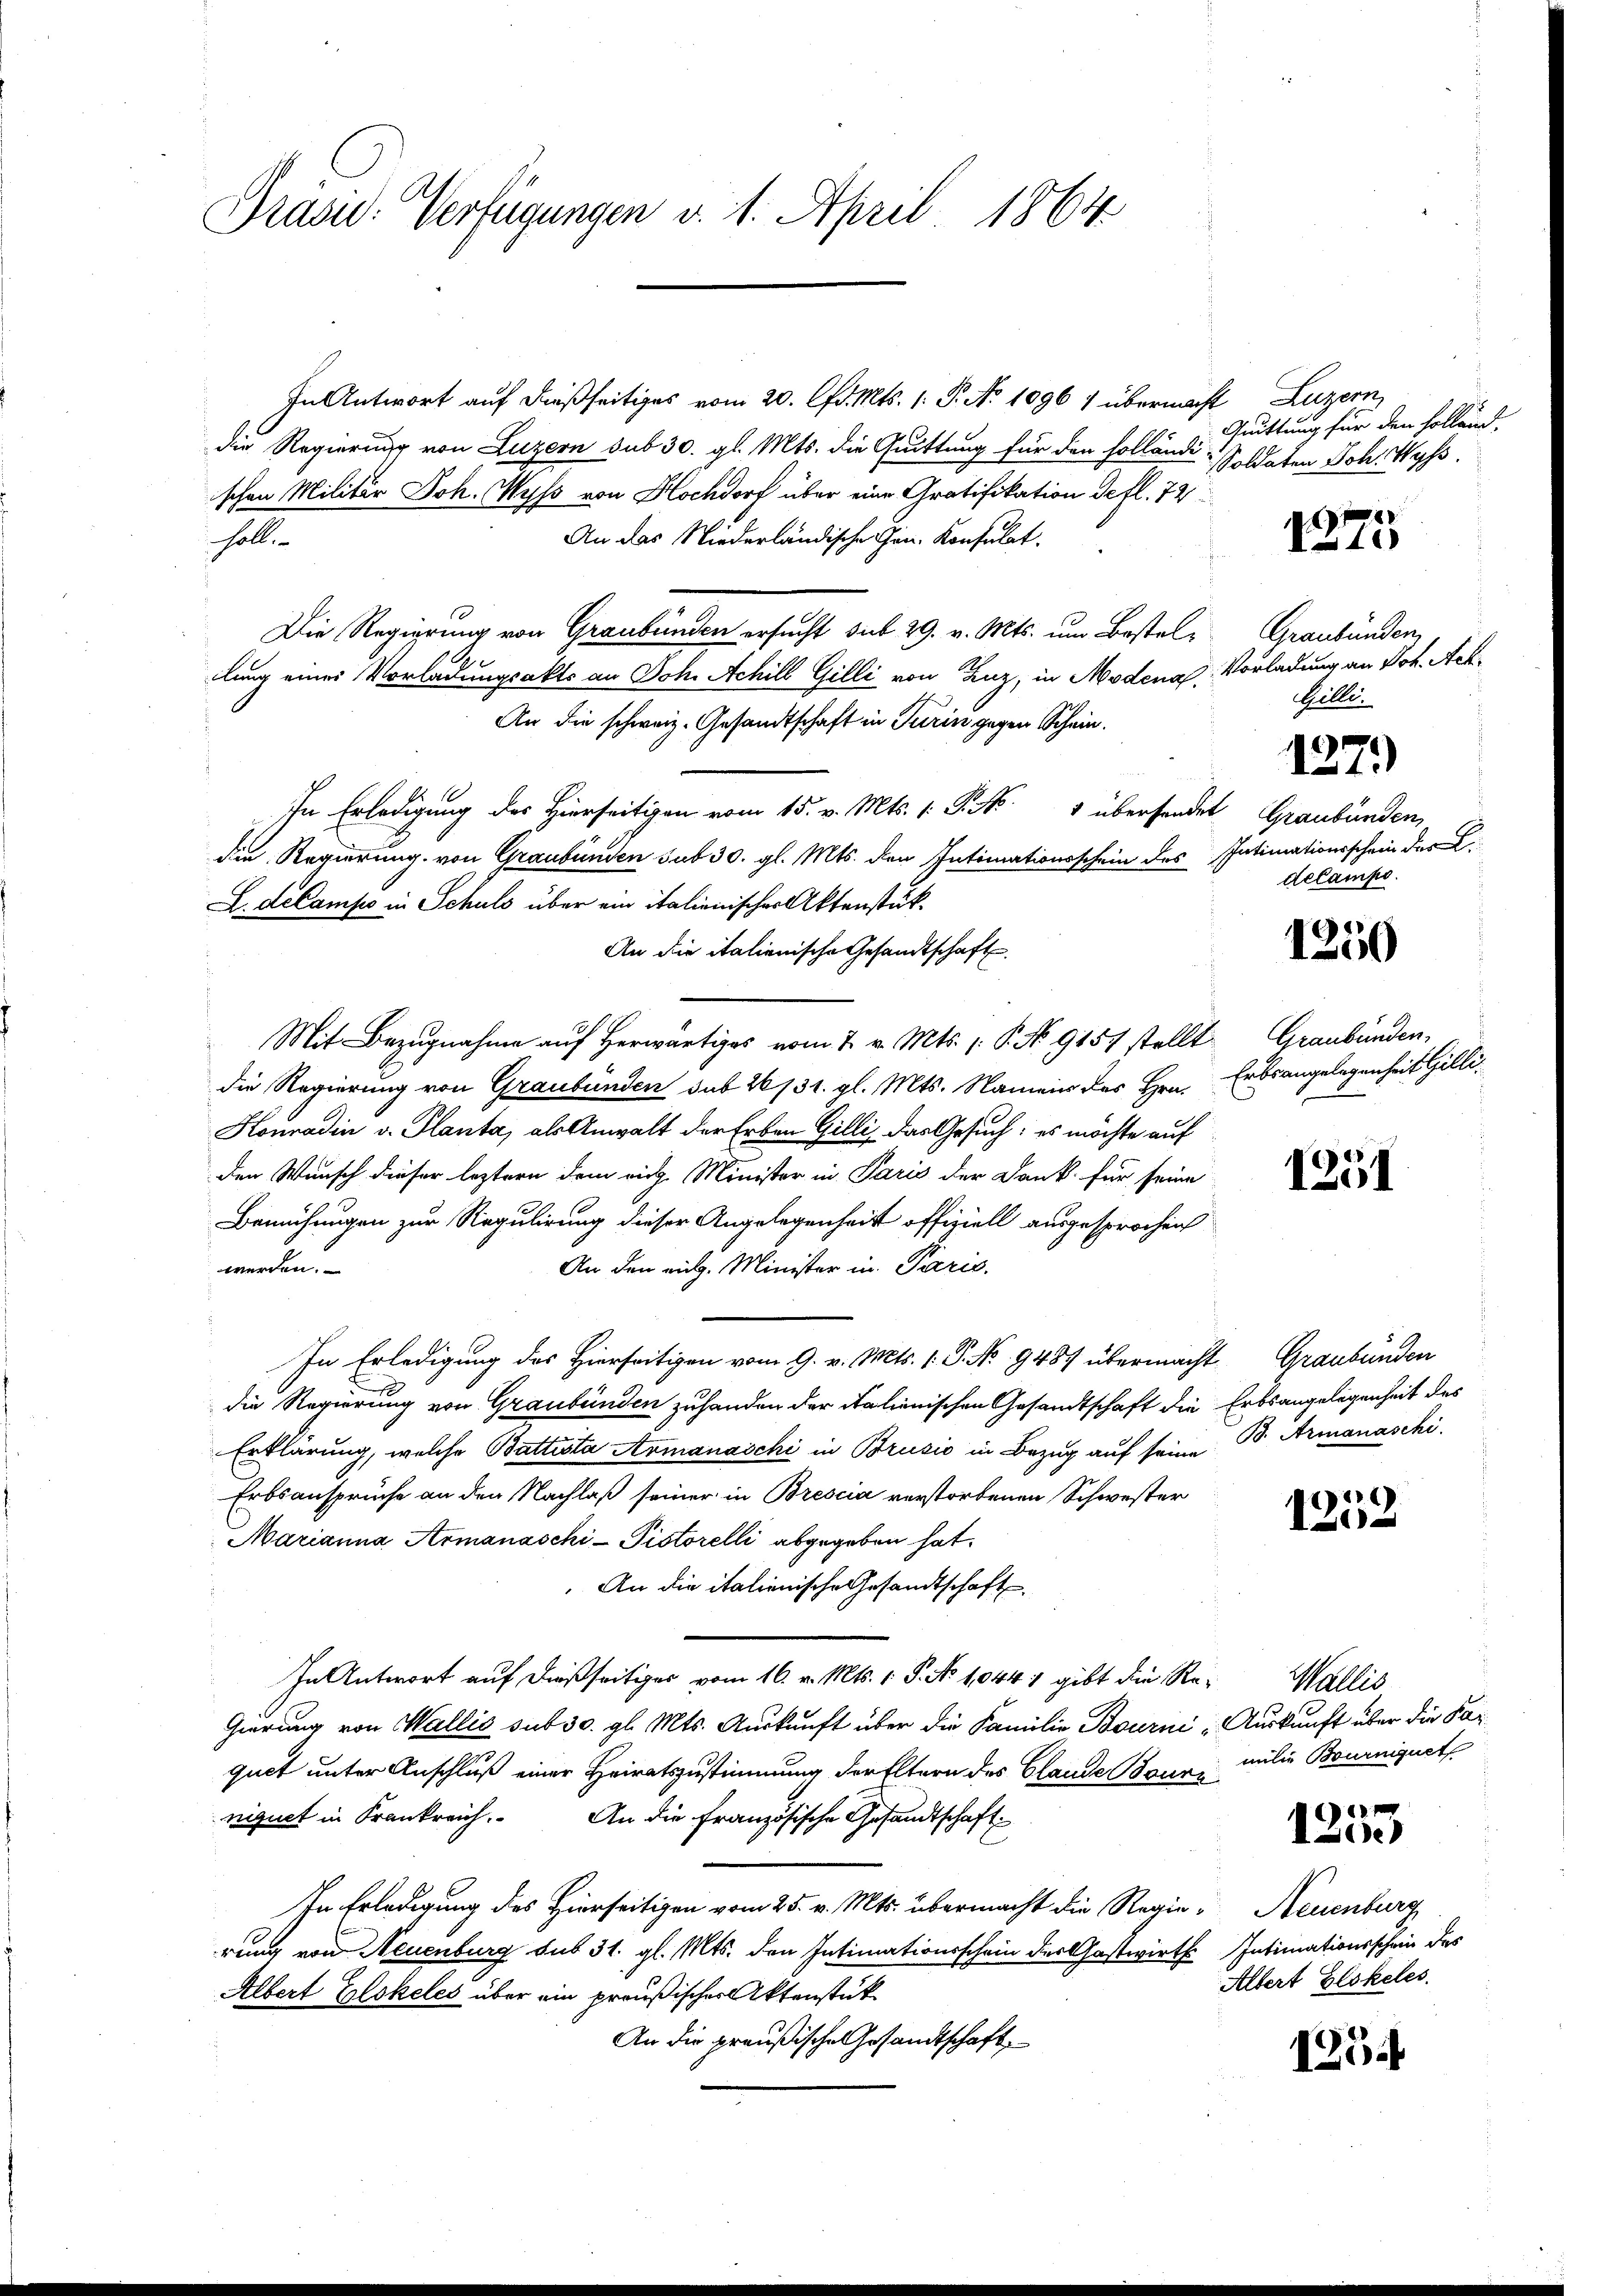
Präsid. Verfügungen v. 1. April 1864

In Antwort auf dießseitiges vom 20. Chr. Mts. 1. P. No. 1096 1 übermacht Luzern,
die Regierung von Luzern sub 30. gl. Mts. die Quittung für den holländi-
schen Militär Joh. Wyss von Hochdorf über eine Gratifikation defl. 72
An das Niederländische Gen. Konsulat.
soll
Die Regierung von Graubünden ersucht sub 29. v. Mts. um Bestelllung einer Vorladungsakte an Joh. Achill Gilli von Linz, in Modena, Vorladung an Joh. Ach¬
An die schweiz. Gesandtschaft in Turin gegen Schein.
In Erledigung des Hierseitigen vom 15. v. Mts. (: P. Nr. 4 übersendet
die Regierung von Graubünden sub 30. gl. Mts. den Intimationsschein des
L. décampo in Schuld über ein italienischer Aktenstük¬
An die italienische Gesandtschaft.
Mit Bezugnahme auf herwärtiges vom 2. v. Mts. (: P. No. 9157 stellt
die Regierung von Graubünden sub 26/31. gl. Mts. Namen des Hrn. Erbsangelegenheit Gilli¬
Honradin v. Planta, als Anwalt der Erben Gilli, das Gesuch: es möchte auf
den Wunsch dieser leztern dem rich. Minister in Paris der Dank für seine
Bemühungen zur Regulirung dieser Angelegenheit offiziell ausgesprochen
werden.
An den eidg. Minister in Paris.
In Erledigung des Hierseitigen vom 9. v. Mts. 1. P. No 9487 übermacht Graubünden
die Regierung von Graubünden zuhanden der italienischen Gesandtschaft die Erbsangelegenheit des
Erklärung, welche Battista Armanaschi in Brusio in Bezug auf seine B. Armanaschi
Erbsansprüche an den Nachlaß seiner in Brescia verstorbenen Schwester
Marianna Armanaschi- Pistorelli abgegeben hat.
An die italienische Gesandtschaft
In Antwort auf dießseitiges vom 16. v. Mts. 1. P. No 1044 1 gibt die Re¬
Gierung von Wallis sub 30. gl. Mts. Auskunft über die Familie Bourni Auskunft über die Parquet unter Anschluß einer Heiratszustimmung der Eltern des Glande Bouri
niquet in Frankreich. An die Französische Gesandtschaft
In Erledigung des Hierseitigen vom 25. v. Mts. übermacht die Regierung von Neuenburg sub 31. gl. Mts. den Intimationsschein der Gastwirth Intimationsschein des
Albert Glokeles über ein preußischer Aktenstük¬
An die preußische Gesandtschaft

Guittung für den sollend,
Soldaten Joh. Wyss.

1275

Graubünden
Helle

1271)

Graubünden,
Intimationsschein der
delampo.

1250

Graubünden.

1251

e
12

Wallis
milie Bourniquet

12o.

Neuenburg
Albert Glokeles.

1254